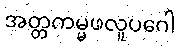
အတ္တကမ္မဖလူပဂေါ